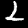
Digit: 2